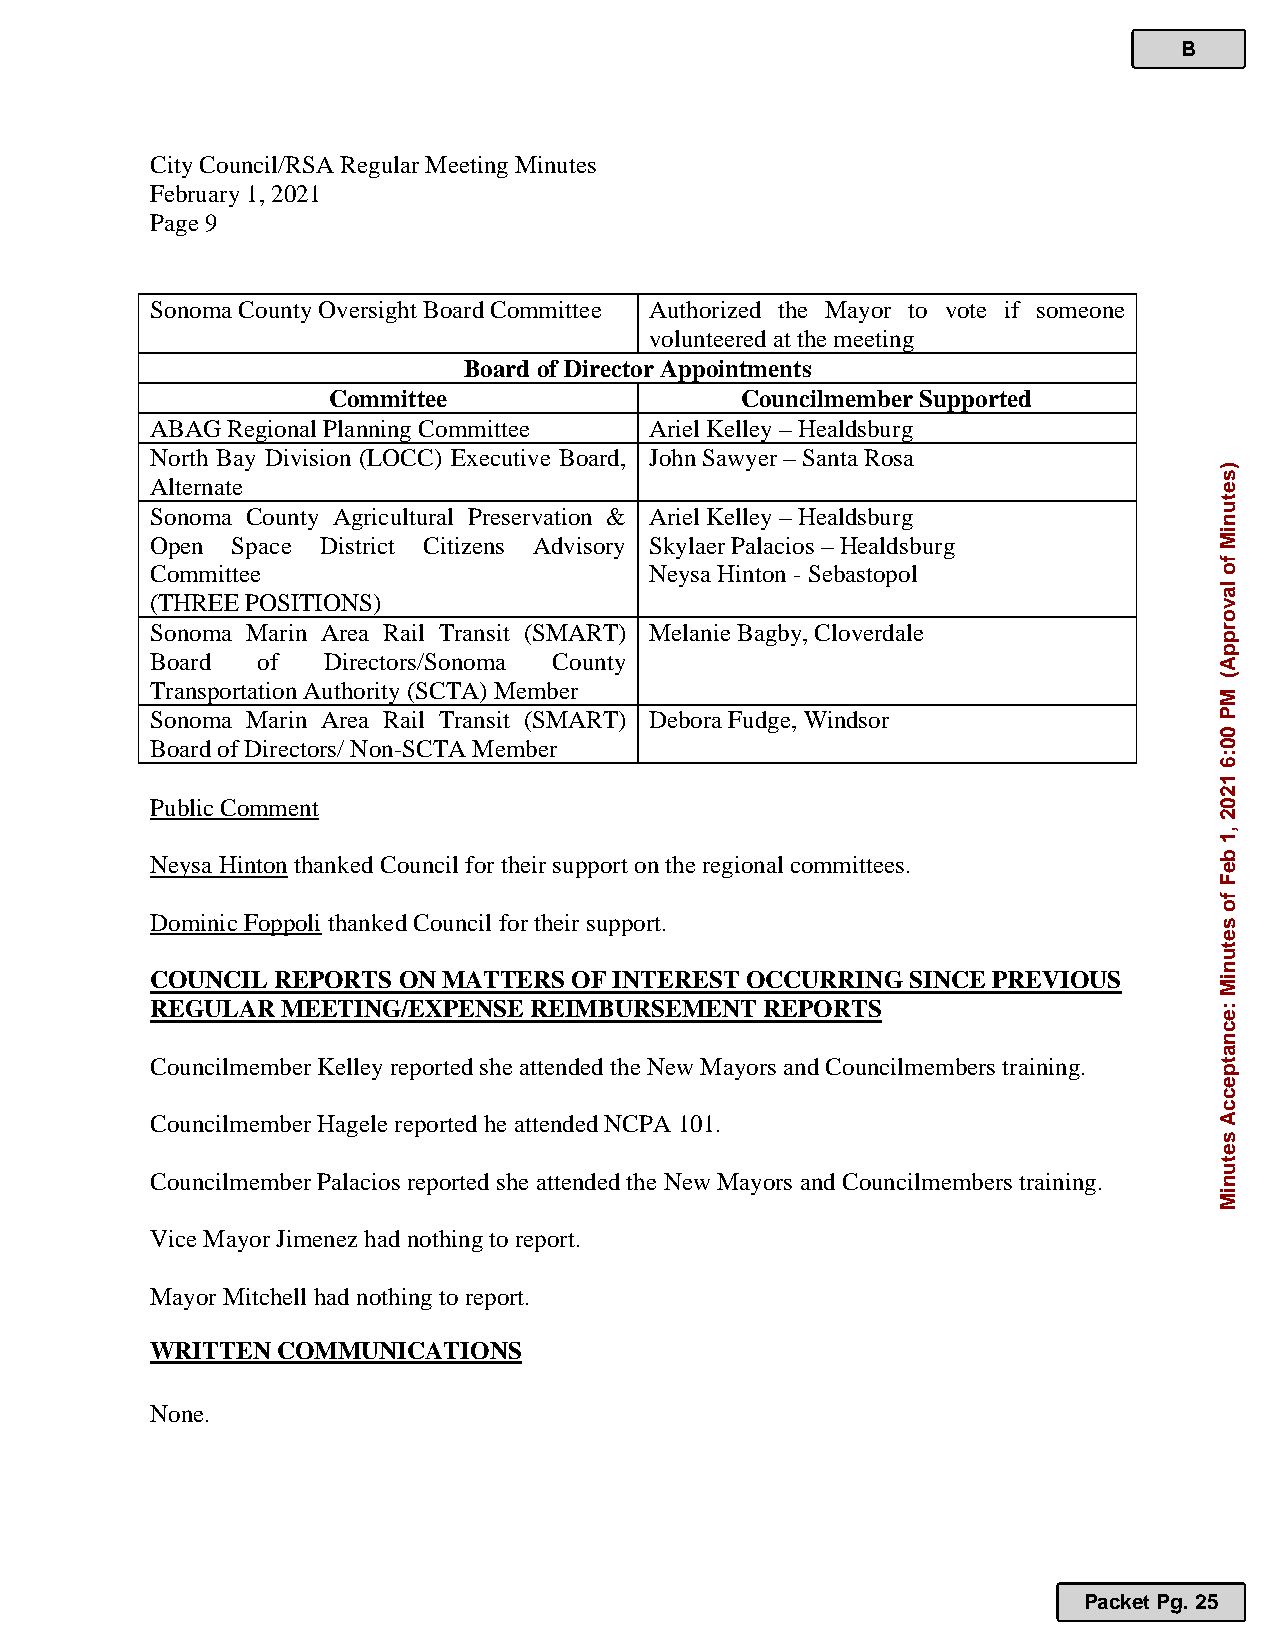
B
 City Council/RSA Regular Meeting Minutes
 February 1, 2021
 Page 9
 Sonoma County Oversight Board Committee Authorized the Mayor to vote if someone
 volunteered at the meeting
 Board of Director Appointments
 Committee                  Councilmember Supported
 ABAG Regional Planning Committee Ariel Kelley – Healdsburg
 North Bay Division (LOCC) Executive Board, John Sawyer – Santa Rosa
 Alternate
 Sonoma County Agricultural Preservation & Ariel Kelley – Healdsburg
 Open Space District Citizens Advisory Skylaer Palacios – Healdsburg
 Committee                        Neysa Hinton - Sebastopol
 (THREE POSITIONS)
 Sonoma Marin Area Rail Transit (SMART) Melanie Bagby, Cloverdale
 Board  of  Directors/Sonoma County
 Transportation Authority (SCTA) Member
 Sonoma Marin Area Rail Transit (SMART) Debora Fudge, Windsor
 Board of Directors/ Non-SCTA Member
 Public Comment
 Neysa Hinton thanked Council for their support on the regional committees.
 Dominic Foppoli thanked Council for their support.
 COUNCIL REPORTS ON MATTERS  OF INTEREST OCCURRING SINCE PREVIOUS
 REGULAR  MEETING/EXPENSE REIMBURSEMENT   REPORTS
 Councilmember Kelley reported she attended the New Mayors and Councilmembers training.
 Councilmember Hagele reported he attended NCPA 101.
 Councilmember Palacios reported she attended the New Mayors and Councilmembers training.
 Vice Mayor Jimenez had nothing to report.
 Mayor Mitchell had nothing to report.
 WRITTEN COMMUNICATIONS
 None.
 Packet Pg. 25
 )setuniM
 fo
 lavorppA(
 MP
 00:6
 1202
 ,1
 beF
 fo
 setuniM
 :ecnatpeccA
 setuniM